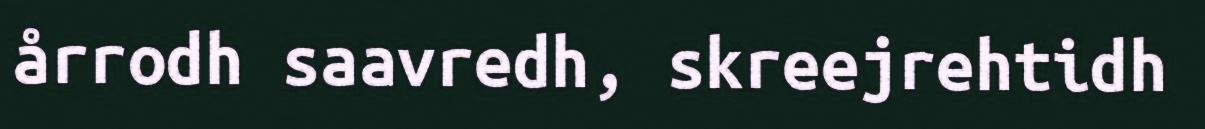
årrodh saavredh, skreejrehtidh